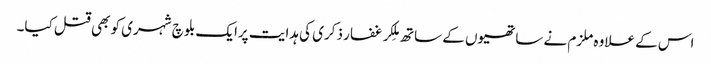
اس کے علاوہ ملزم نے ساتھیوں کے ساتھ مِلکر غفار ذکری کی ہدایت پرایک بلوچ شہری کو بھی قتل کیا۔